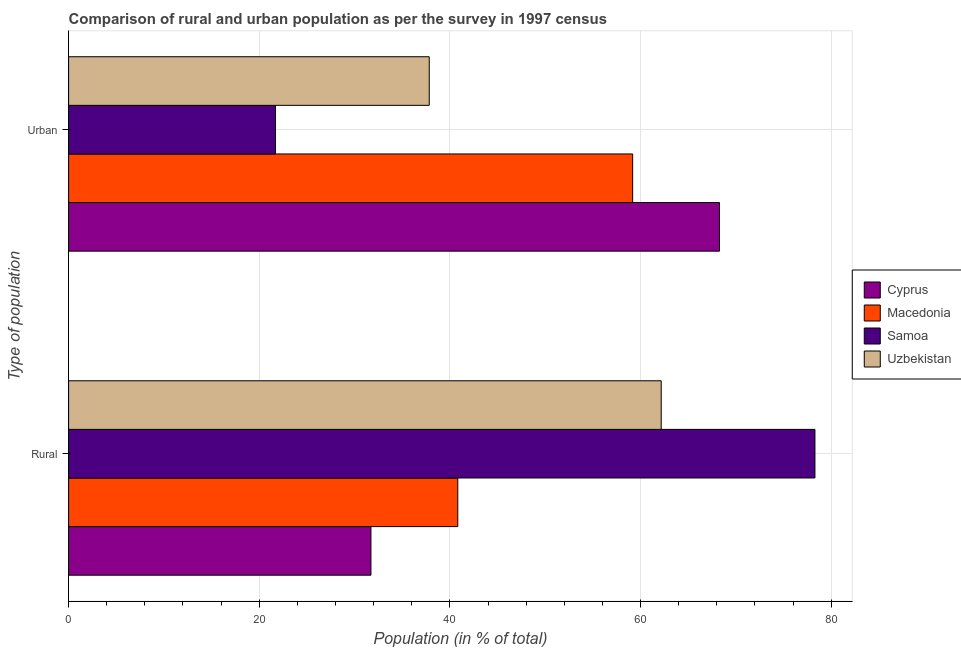
| Type of population | Cyprus | Macedonia | Samoa | Uzbekistan |
 | --- | --- | --- | --- | --- |
 | Rural | 31.7 | 40.8 | 78.3 | 62.2 |
 | Urban | 68.3 | 59.2 | 21.7 | 37.8 |